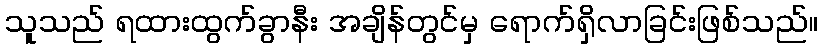
သူသည် ရထားထွက်ခွာနီး အချိန်တွင်မှ ရောက်ရှိလာခြင်းဖြစ်သည်။